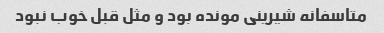
متاسفانه شیرینی مونده بود و مثل قبل خوب نبود